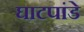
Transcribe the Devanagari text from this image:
घाटपांडे